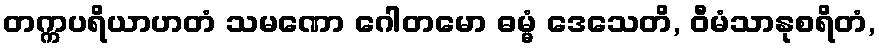
တက္ကပရိယာဟတံ သမဏော ဂေါတမော ဓမ္မံ ဒေသေတိ, ဝီမံသာနုစရိတံ,